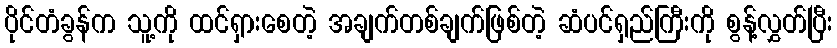
ပိုင်တံခွန်က သူ့ကို ထင်ရှားစေတဲ့ အချက်တစ်ချက်ဖြစ်တဲ့ ဆံပင်ရှည်ကြီးကို စွန့်လွှတ်ပြီး